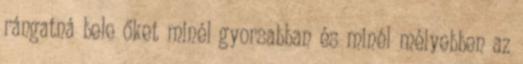
rángatná bele őket minél gyorsabban és minél mélyebben az